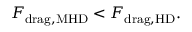
F _ { \mathrm { d r a g , M H D } } < F _ { \mathrm { d r a g , H D } } .